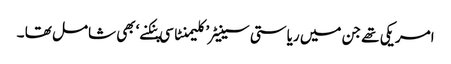
امریکی تھے جن میں ریاستی سینیٹر’ کلیمنٹا سی پنکنے‘ بھی شامل تھا ۔